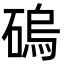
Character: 䃖